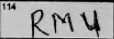
Transcription: RMU